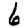
Digit: 6